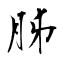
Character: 胏